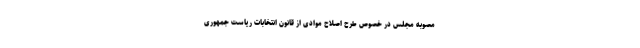
مصوبه مجلس در خصوص طرح اصلاح موادی از قانون انتخابات ریاست جمهوری